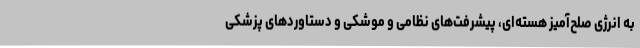
به انرژی صلح‌آمیز هسته‌ای، پیشرفت‌های نظامی و موشکی و دستاوردهای پزشکی